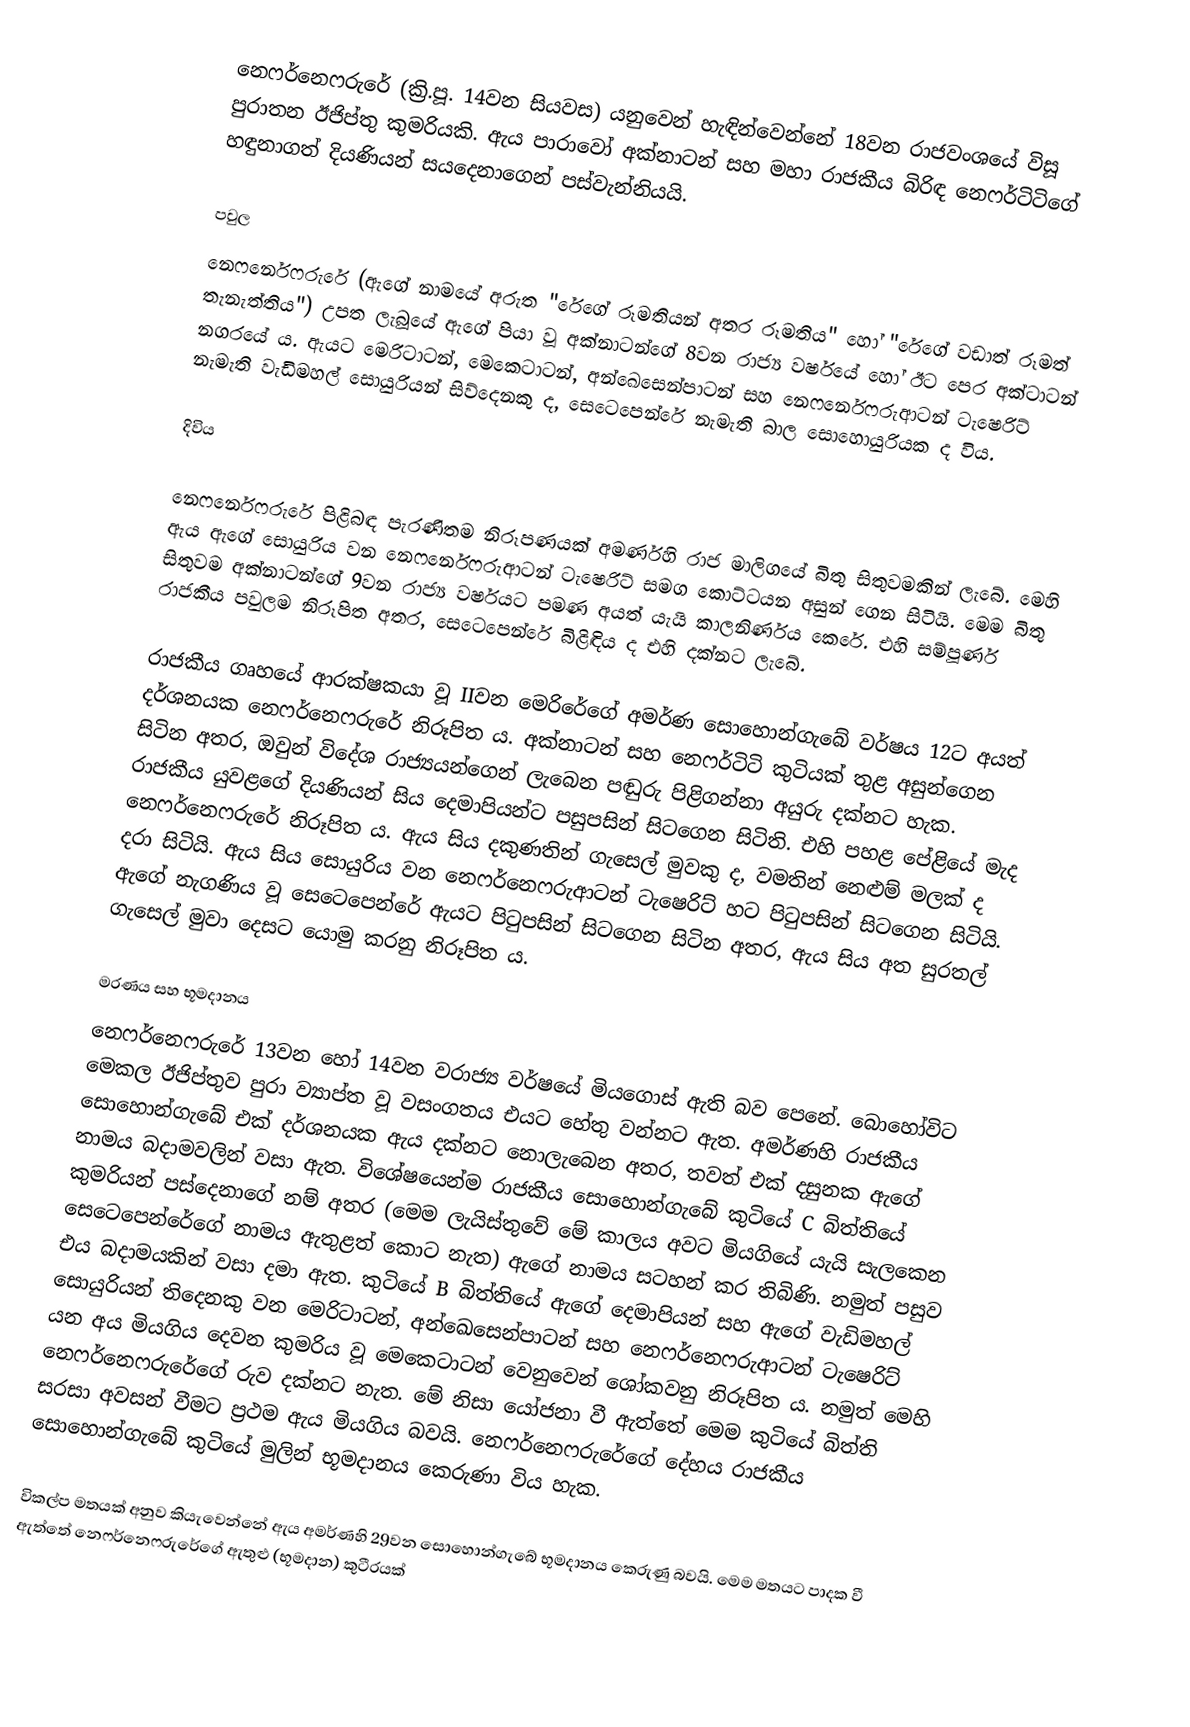
නෙෆර්නෙෆරුරේ (ක්‍රි.පූ. 14වන සියවස) යනුවෙන් හැඳින්වෙන්නේ 18වන රාජවංශයේ විසූ පුරාතන ඊජිප්තු කුමරියකි. ඇය පාරාවෝ අක්නාටන් සහ මහා රාජකීය බිරිඳ නෙෆර්ටිටිගේ හඳුනාගත් දියණියන් සයදෙනාගෙන් පස්වැන්නියයි.

පවුල
නෙෆර්නෙෆරුරේ (ඇගේ නාමයේ අරුත "රේගේ රූමතියන් අතර රූමතිය" හෝ "රේගේ වඩාත් රූමත් තැනැත්තිය") උපත ලැබූයේ ඇගේ පියා වූ අක්නාටන්ගේ 8වන රාජ්‍ය වර්ෂයේ හෝ ඊට පෙර අක්ටාටන් නගරයේ ය. ඇයට මෙරිටාටන්, මෙකෙටාටන්, අන්ඛෙසෙන්පාටන් සහ නෙෆර්නෙෆරුආටන් ටැෂෙරිට් නැමැති වැඩිමහල් සොයුරියන් සිව්දෙනකු ද, සෙටෙපෙන්රේ නැමැති බාල සොහොයුරියක ද විය.

දිවිය

නෙෆර්නෙෆරුරේ පිළිබඳ පැරණිතම නිරූපණයක් අමර්ණහි රාජ මාලිගයේ බිතු සිතුවමකින් ලැබේ. මෙහි ඇය ඇගේ සොයුරිය වන නෙෆර්නෙෆරුආටන් ටැෂෙරිට් සමග කොට්ටයන අසුන් ගෙන සිටියි. මෙම බිතු සිතුවම අක්නාටන්ගේ 9වන රාජ්‍ය වර්ෂයට පමණ අයත් යැයි කාලනිර්ණය කෙරේ. එහි සම්පූර්ණ රාජකීය පවුලම නිරූපිත අතර, සෙටෙපෙන්රේ බිළිඳිය ද එහි දක්නට ලැබේ.

රාජකීය ගෘහයේ ආරක්ෂකයා වූ IIවන මෙරිරේගේ අමර්ණ සොහොන්ගැබේ වර්ෂය 12ට අයත් දර්ශනයක නෙෆර්නෙෆරුරේ නිරූපිත ය. අක්නාටන් සහ නෙෆර්ටිටි කුටියක් තුළ අසුන්ගෙන සිටින අතර, ඔවුන් විදේශ රාජ්‍යයන්ගෙන් ලැබෙන පඬුරු පිළිගන්නා අයුරු දක්නට හැක. රාජකීය යුවළගේ දියණියන් සිය දෙමාපියන්ට පසුපසින් සිටගෙන සිටිති. එහි පහළ පේළියේ මැද නෙෆර්නෙෆරුරේ නිරූපිත ය. ඇය සිය දකුණතින් ගැසෙල් මුවකු ද, වමතින් නෙළුම් මලක් ද දරා සිටියි. ඇය සිය සොයුරිය වන නෙෆර්නෙෆරුආටන් ටැෂෙරිට් හට පිටුපසින් සිටගෙන සිටියි. ඇගේ නැගණිය වූ සෙටෙපෙන්රේ ඇයට පිටුපසින් සිටගෙන සිටින අතර, ඇය සිය අත සුරතල් ගැසෙල් මුවා දෙසට යොමු කරනු නිරූපිත ය.

මරණය සහ භූමදානය
නෙෆර්නෙෆරුරේ 13වන හෝ 14වන වරාජ්‍ය වර්ෂයේ මියගොස් ඇති බව පෙනේ. බොහෝවිට මෙකල ඊජිප්තුව පුරා ව්‍යාප්ත වූ වසංගතය එයට හේතු වන්නට ඇත. අමර්ණහි රාජකීය සොහොන්ගැබේ එක් දර්ශනයක ඇය දක්නට නොලැබෙන අතර, තවත් එක් දසුනක ඇගේ නාමය බදාමවලින් වසා ඇත. විශේෂයෙන්ම රාජකීය සොහොන්ගැබේ  කුටියේ C බිත්තියේ කුමරියන් පස්දෙනාගේ නම් අතර (මෙම ලැයිස්තුවේ මේ කාලය අවට මියගියේ යැයි සැලකෙන සෙටෙපෙන්රේගේ නාමය ඇතුළත් කොට නැත) ඇගේ නාමය සටහන් කර තිබිණි. නමුත් පසුව එය බදාමයකින් වසා දමා ඇත.  කුටියේ B බිත්තියේ ඇගේ දෙමාපියන් සහ ඇගේ වැඩිමහල් සොයුරියන් තිදෙනකු වන මෙරිටාටන්, අන්ඛෙසෙන්පාටන් සහ නෙෆර්නෙෆරුආටන් ටැෂෙරිට් යන අය මියගිය දෙවන කුමරිය වූ මෙකෙටාටන් වෙනුවෙන් ශෝකවනු නිරූපිත ය. නමුත් මෙහි ‍නෙෆර්නෙෆරුරේගේ ‍රුව දක්නට නැත. මේ නිසා යෝජනා වී ඇත්තේ මෙම කුටියේ බිත්ති සරසා අවසන් වීමට ප්‍රථම ඇය මියගිය බවයි. නෙෆර්නෙෆරුරේගේ දේහය රාජකීය සොහොන්ගැබේ  කුටියේ මුලින් භූමදානය කෙරුණා විය හැක.

විකල්ප මතයක් අනුව කියැවෙන්නේ ඇය අමර්ණහි 29වන සොහොන්ගැබේ භූමදානය කෙරුණු බවයි. මෙම මතයට පාදක වී ඇත්තේ නෙෆර්නෙෆරුරේගේ ඇතුළු (භූමදාන) කුටීරයක්